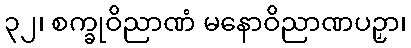
၃၂၊ စက္ခုဝိညာဏံ မနောဝိညာဏပဉှာ၊